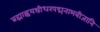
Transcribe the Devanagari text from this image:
ब्रह्माह्नयश्रीधरपद्मनाभबीजानि